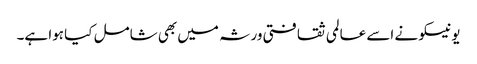
یونیسکو نے اسے عالمی ثقافتی ورثہ میں بھی شامل کیا ہوا ہے۔